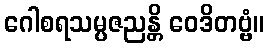
ဂေါစရသမ္ပဇညန္တိ ဝေဒိတဗ္ဗံ။